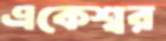
একেশ্বর